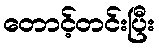
တောင့်တင်းပြီး